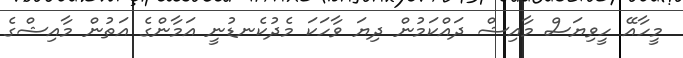
މީހާއޭ ހީވިޔަސް މާއިޝް ދައްކަމުން ދިޔަ ވާހަކަ މެދުކެނޑުނީ އަމާންގެ އަތުން މާއިޝްގެ